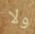
ولا